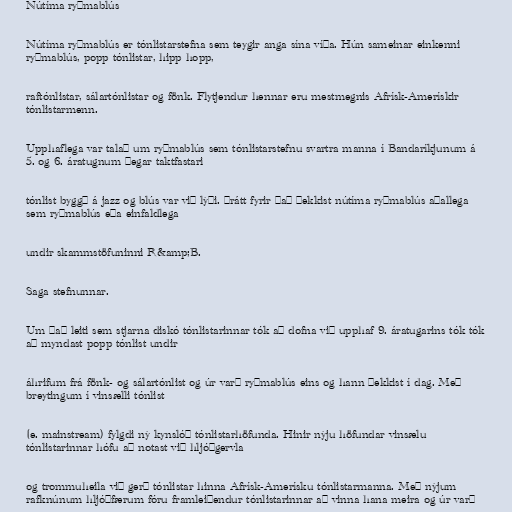
Nútíma ryþmablús

Nútíma ryþmablús er tónlistarstefna sem teygir anga sína víða. Hún sameinar einkenni
ryþmablús, popp tónlistar, hipp hopp,

raftónlistar, sálartónlistar og fönk. Flytjendur hennar eru mestmegnis Afrísk-Amerískir
tónlistarmenn.

Upphaflega var talað um ryþmablús sem tónlistarstefnu svartra manna í Bandaríkjunum á
5. og 6. áratugnum þegar taktfastari

tónlist byggð á jazz og blús var við lýði. Þrátt fyrir það þekkist nútíma ryþmablús aðallega
sem ryþmablús eða einfaldlega

undir skammstöfuninni R&amp;B.

Saga stefnunnar.

Um það leiti sem stjarna diskó tónlistarinnar tók að dofna við upphaf 9. áratugarins tók tók
að myndast popp tónlist undir

áhrifum frá fönk- og sálartónlist og úr varð ryþmablús eins og hann þekkist í dag. Með
breytingum í vinsælli tónlist

(e. mainstream) fylgdi ný kynslóð tónlistarhöfunda. Hinir nýju höfundar vinsælu
tónlistarinnar hófu að notast við hljóðgervla

og trommuheila við gerð tónlistar hinna Afrísk-Amerísku tónlistarmanna. Með nýjum
rafknúnum hljóðfærum fóru framleiðendur tónlistarinnar að vinna hana meira og úr varð